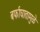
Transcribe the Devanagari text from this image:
बर्फाघातामुळे